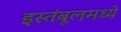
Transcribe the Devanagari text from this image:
इस्तंबूलमध्ये